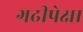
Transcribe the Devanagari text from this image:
गढीपेक्षा